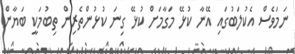
ނަމަވެސް އެކުލަބުގައި އޭނާ ކުޅޭ މަގާމަށް ކުޅޭ ގިނަ ކުޅުންތެރިން ތިބުމަކީ ބަޔާން